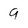
Character: 9